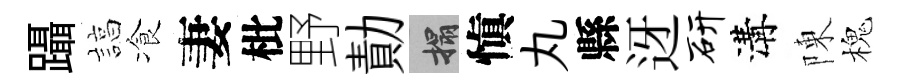
躡諄飡妻枇野勣搨愼丸縣迓研溝陳槐